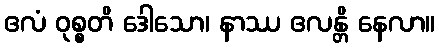
ဧလံ ဝုစ္စတိ ဒေါသော၊ နာဿ ဧလန္တိ နေလာ။